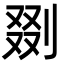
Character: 剟